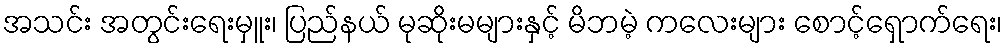
အသင်း အတွင်းရေးမှူး၊ ပြည်နယ် မုဆိုးမများနှင့် မိဘမဲ့ ကလေးများ စောင့်ရှောက်ရေး၊